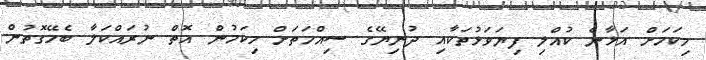
މިކަމަށް އަޅާނެ ކުއްލި ފިޔަވަޅުތަކާއި ދުނިޔޭގެ ސިއްހަތަށް މިކަމުން އޮތް ނުރައްކަލާ ބެހޭގޮތުން